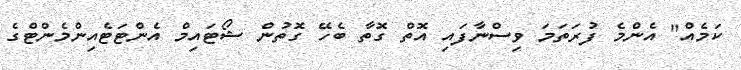
ކަމެއް" އެންމެ ފުރަތަމަ ވިސްނާފައި އޮތް ގޮތާ ބެހޭ ގޮތުން ޝޯޓައިމް އެންޓަޓެއިންމެންޓްގެ